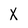
Character: X